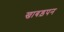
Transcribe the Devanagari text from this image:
खाबड़पन